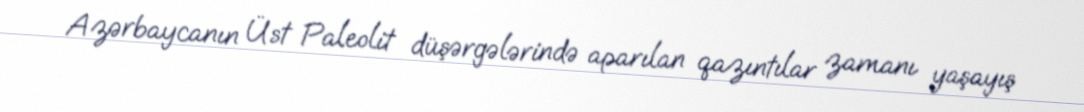
Azərbaycanın Üst Paleolit düşərgələrində aparılan qazıntılar zamanı yaşayış